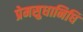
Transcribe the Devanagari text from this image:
प्रेमसुधानिधि